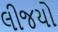
લીજયો